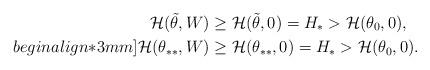
LaTeX: \begin{align*}{\cal H}(\tilde{\theta},W)&\geq {\cal H}(\tilde{\theta},0) = H_{\ast}>{\cal H}(\theta_{0},0), \\begin{align*}3mm]{\cal H}(\theta_{\ast \ast},W)&\geq{\cal H}(\theta_{\ast \ast},0)=H_{\ast}>{\cal H}(\theta_{0},0). \end{align*}